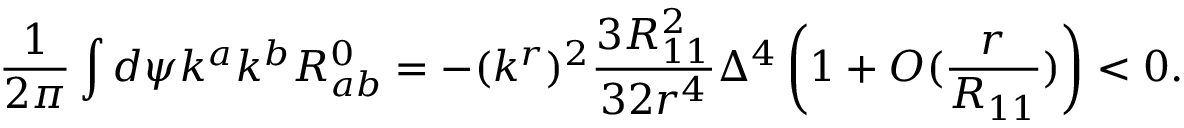
\frac { 1 } { 2 \pi } \int d \psi k ^ { a } k ^ { b } R _ { a b } ^ { 0 } = - ( k ^ { r } ) ^ { 2 } \frac { 3 R _ { 1 1 } ^ { 2 } } { 3 2 r ^ { 4 } } \Delta ^ { 4 } \left( 1 + { \cal O } ( \frac { r } { R _ { 1 1 } } ) \right) < 0 .